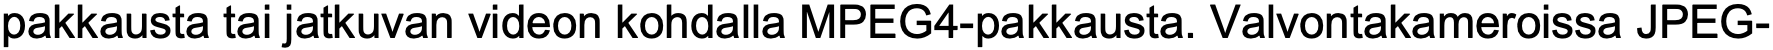
pakkausta tai jatkuvan videon kohdalla MPEG4-pakkausta. Valvontakameroissa JPEG-